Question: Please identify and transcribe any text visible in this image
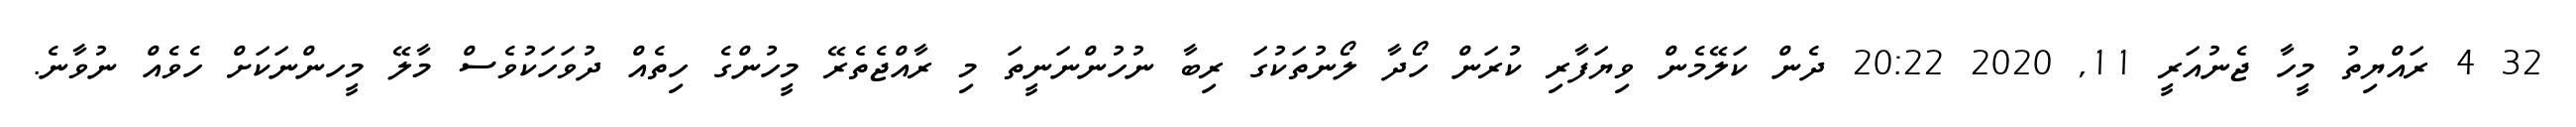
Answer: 32 4 ރައްޔިތު މީހާ ޖެނުއަރީ 11, 2020 20:22 ދެން ކަލޭމެން ވިޔަފާރި ކުރަން ހޯދާ ލޯނުތަކުގަ ރިބާ ނުހުންނަނީތަ މި ރާއްޖެތެރޭ މީހުންގެ ހިތެއް ދުވަހަކުވެސް މާލޭ މީހންނަކަށް ހެވެއް ނުވާނެ.